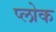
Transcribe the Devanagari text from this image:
प्लोक